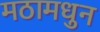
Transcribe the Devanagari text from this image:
मठामधुन